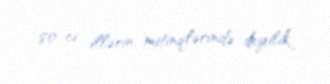
80-ci illərin mitinqlərində deyilik.